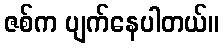
ဇစ်က ပျက်နေပါတယ်။